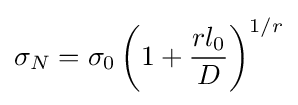
\sigma _{N}=\sigma _{0}\left(1+{\frac {rl_{0}}{D}}\right)^{1/r}